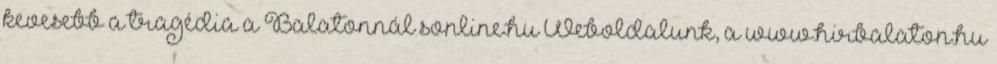
kevesebb a tragédia a Balatonnál sonline.hu Weboldalunk, a www.hirbalaton.hu